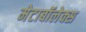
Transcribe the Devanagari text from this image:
मेटाबॉलेक्स